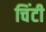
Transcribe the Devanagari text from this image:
चिंटी